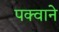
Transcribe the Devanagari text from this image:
पक्वाने